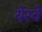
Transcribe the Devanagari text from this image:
येरवे